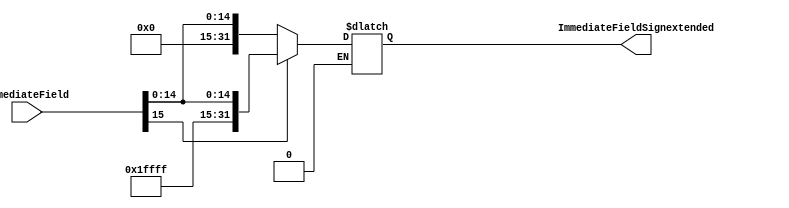
module SignExtend(ImmediateField,ImmediateFieldSignextended);
input wire signed[15:0]ImmediateField; 
output reg signed[31:0] ImmediateFieldSignextended;
always@(ImmediateField)
begin
if(ImmediateField[15]==0) 
begin
#10
ImmediateFieldSignextended = {16'h0000,ImmediateField};
end
else if(ImmediateField[15]==1)
begin
#10
ImmediateFieldSignextended = {16'hffff,ImmediateField};
end
end
 

endmodule